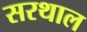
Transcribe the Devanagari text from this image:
सरथाल